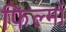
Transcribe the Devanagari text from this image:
फिल्मोंं